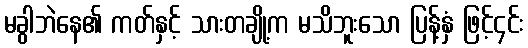
မခွါဘဲနေ၏ ကတ်နှင့် သားတချို့က မသိဘူးသော ပြန့်နှံ ဖြင့်၄င်း